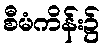
စီမံကိန်း၌